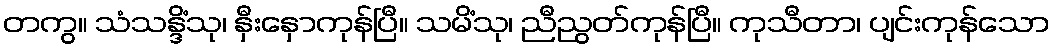
တကွ။ သံသန္ဒိံသု၊ နှီးနှောကုန်ပြီ။ သမိံသု၊ ညီညွတ်ကုန်ပြီ။ ကုသီတာ၊ ပျင်းကုန်သော